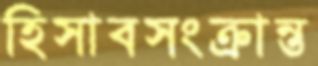
হিসাবসংক্রান্ত